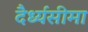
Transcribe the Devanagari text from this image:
दैर्ध्यसीमा